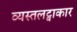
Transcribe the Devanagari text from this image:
व्यस्तलट्वाकार